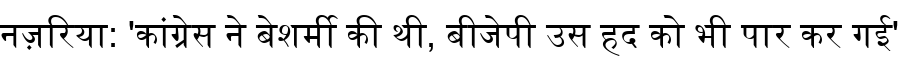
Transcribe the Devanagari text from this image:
नज़रिया: 'कांग्रेस ने बेशर्मी की थी, बीजेपी उस हद को भी पार कर गई'